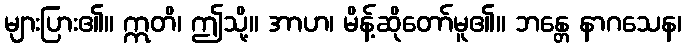
များပြား၏။ ဣတိ၊ ဤသို့။ အာဟ၊ မိန့်ဆိုတော်မူ၏။ ဘန္တေ နာဂသေန၊